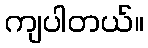
ကျပါတယ်။